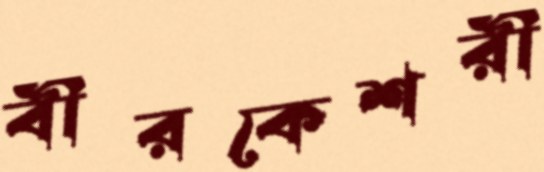
বীরকেশরী